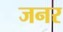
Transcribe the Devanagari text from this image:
जनर